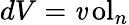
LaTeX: dV=\operatorname{\mathit{v}ol}_{n}